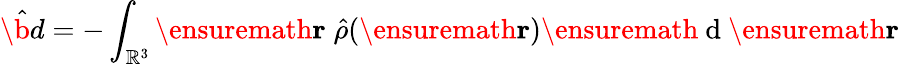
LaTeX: \hat{\b{d}}=-\int_{\mathbb{R}^{3}}\ensuremath{\mathbf{r}}\; \hat{\rho}(\ensuremath{\mathbf{r}})\ensuremath{\mathrm{~d~}}\ensuremath{\mathbf{r}}